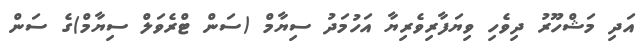
އަދި މަޝްހޫރު ދިވެހި ވިޔަފާރިވެރިޔާ އަހުމަދު ސިޔާމް (ސަން ޓްރެވަލް ސިޔާމް)ގެ ސަން